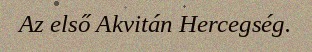
Az első Akvitán Hercegség.